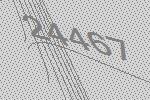
24467